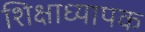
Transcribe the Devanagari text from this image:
शिक्षाध्यापक